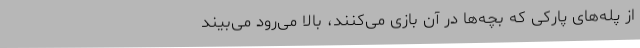
از پله‌های پارکی که بچه‌ها در آن بازی می‌کنند، بالا می‌رود می‌بیند